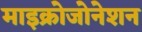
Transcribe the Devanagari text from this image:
माइक्रोजोनेशन